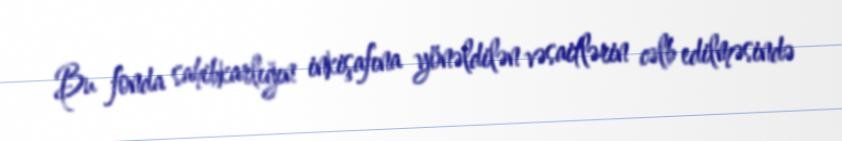
Bu fonda sahibkarlığın inkişafına yönəldilən vəsaitlərin cəlb edilməsində